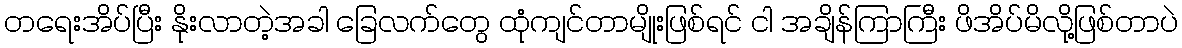
တရေးအိပ်ပြီး နိုးလာတဲ့အခါ ခြေလက်တွေ ထုံကျင်တာမျိုးဖြစ်ရင် ငါ အချိန်ကြာကြီး ဖိအိပ်မိလို့ဖြစ်တာပဲ